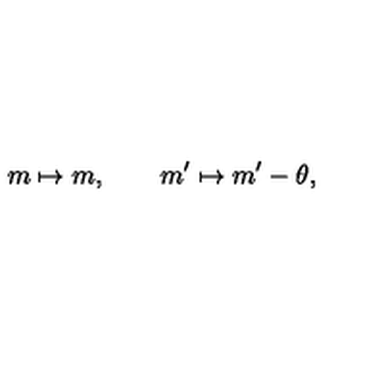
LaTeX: m \mapsto m , \qquad m ^ { \prime } \mapsto m ^ { \prime } - \theta ,